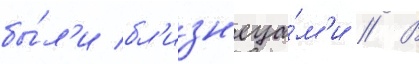
бы́л'и бл'изн'еца́м'и // В